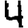
Digit: 4